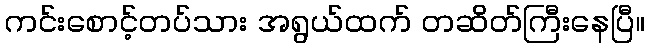
ကင်းစောင့်တပ်သား အရွယ်ထက် တဆိတ်ကြီးနေပြီ။